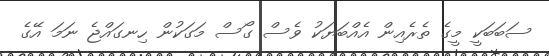
ސަބަބަކީ މީގެ ތެރެއިން އެއްބަޔަކު ވެސް ގޯސް މަގަކުން ހިނގައްޖެ ނަމަ އޭގެ